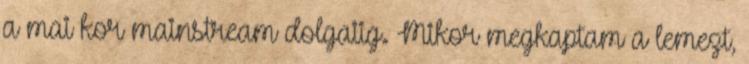
a mai kor mainstream dolgaiig. Mikor megkaptam a lemezt,